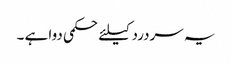
یہ سردرد کیلئے حکمی دوا ہے ۔